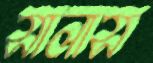
সালাস